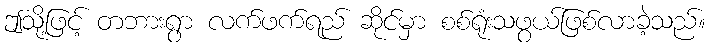
ဤသို့ဖြင့် တဘားရွာ လက်ဖက်ရည် ဆိုင်မှာ စစ်ရုံးသဖွယ်ဖြစ်လာခဲ့သည်။